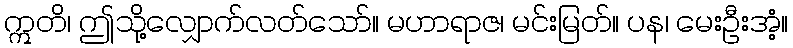
ဣတိ၊ ဤသို့လျှောက်လတ်သော်။ မဟာရာဇ၊ မင်းမြတ်။ ပန၊ မေးဦးအံ့။